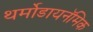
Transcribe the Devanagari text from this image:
थर्मोडायनॅमिक